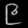
Digit: ၉